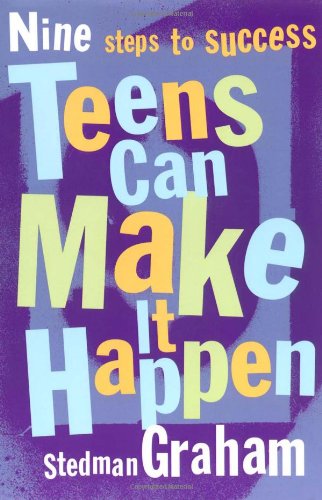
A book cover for Teens Can Make It Happen: Nine Steps for Success; Stedman Graham; Teen & Young Adult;